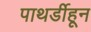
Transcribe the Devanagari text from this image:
पाथर्डीहून